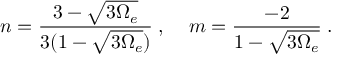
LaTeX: n = \frac { 3 - \sqrt { 3 \Omega _ { e } } } { 3 ( 1 - \sqrt { 3 \Omega _ { e } } ) } \; , \; \; \; \; m = \frac { - 2 } { 1 - \sqrt { 3 \Omega _ { e } } } \; .